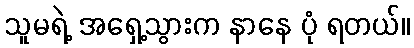
သူမရဲ့ အရှေ့သွားက နာနေ ပုံ ရတယ်။